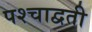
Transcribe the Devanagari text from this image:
पश्चाद्वती